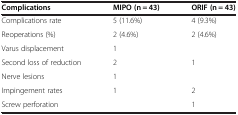
| Complications | MIPO (n = 43) | ORIF (n = 43) |
 | --- | --- | --- |
 | Complications rate | 5 (11.6%) | 4 (9.3%) |
 | Reoperations (%) | 2 (4.6%) | 2 (4.6%) |
 | Varus displacement | 1 |  |
 | Second loss of reduction | 2 | 1 |
 | Nerve lesions | 1 |  |
 | Impingement rates | 1 | 2 |
 | Screw perforation |  | 1 |